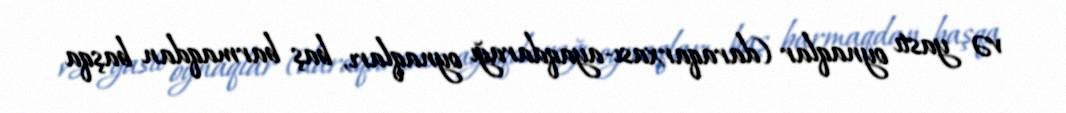
və yastı oynaqlar (daraqarxası-ayaqdarağı oynaqları, baş barmaqdan başqa